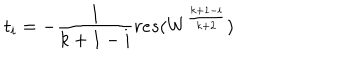
t _ { i } = - \frac { 1 } { k + 1 - i } r e s ( W ^ { \frac { k + 1 - i } { k + 2 } } )